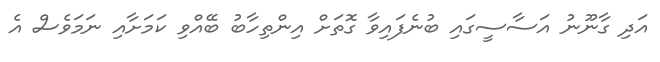
އަދި ގާނޫނު އަސާސީގައި ބުނެފައިވާ ގޮތަށް އިންތިހާބު ބޭއްވި ކަމަށާއި ނަމަވެސް އެ